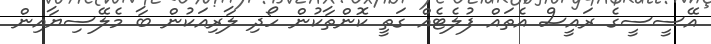
އޭސީސީގެ ރައީސް އެތައް ފުލެޓެއް ގަތީ ކޮންތާކުން ހޯދި ލާރިއަކުން ބާ މެލޭސިޔާއިން